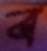
ব